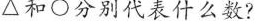
\triangle 和\bigcirc 分别代表什么数?